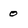
Character: 0